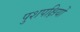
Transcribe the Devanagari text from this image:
पुशपक्षियों